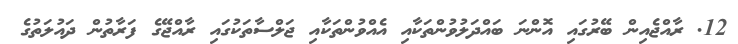
12. ރާއްޖެއިން ބޭރުގައި އޮންނަ ބައްދަލުވުންތަކާއި އެއްވުންތަކާއި ޖަލްސާތަކުގައި ރާއްޖޭގެ ފަރާތުން ދައުލަތުގެ